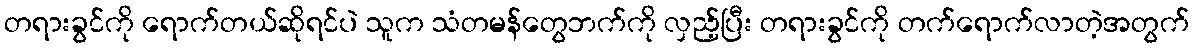
တရားခွင်ကို ရောက်တယ်ဆိုရင်ပဲ သူက သံတမန်တွေဘက်ကို လှည့်ပြီး တရားခွင်ကို တက်ရောက်လာတဲ့အတွက်